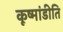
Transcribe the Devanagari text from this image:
कूष्मांडीति